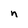
Character: n